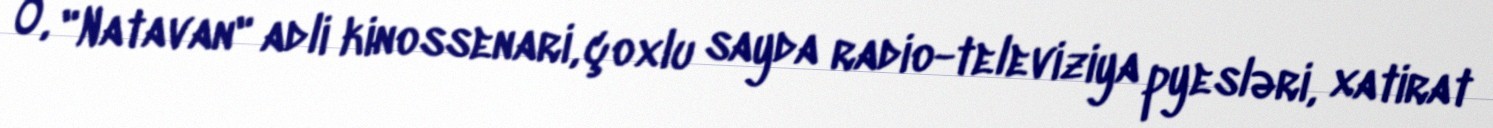
O, "Natavan" adli kinossenari, çoxlu sayda radio-televiziya pyesləri, xatirat